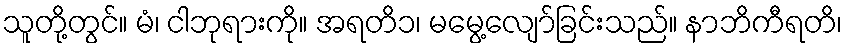
သူတို့တွင်။ မံ၊ ငါဘုရားကို။ အရတိ၁၊ မမွေ့လျော်ခြင်းသည်။ နာဘိကီရတိ၊